Vaccination in Bombay 1874-1876 - 1874-1876
Year: 1874
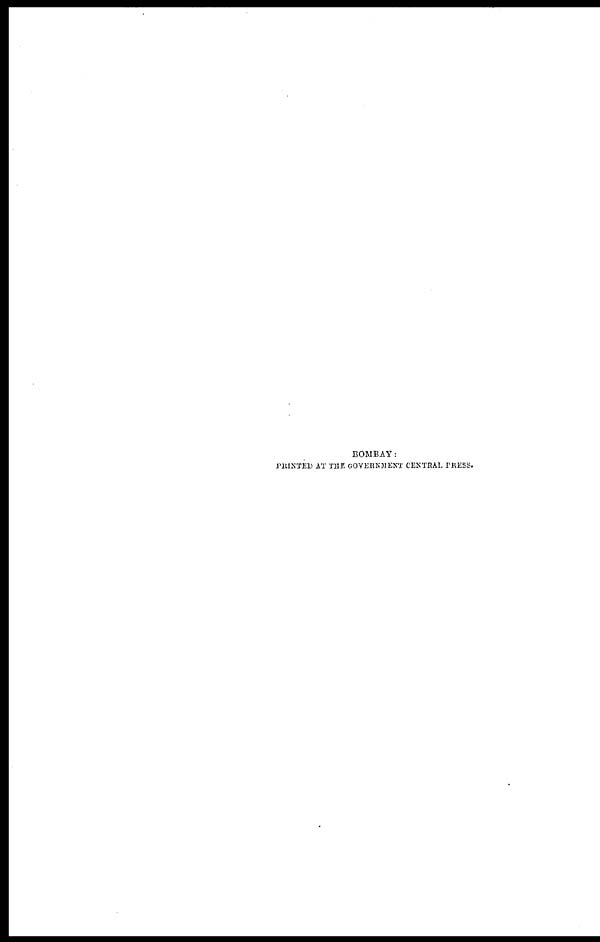
BOMBAY:
PRINTED AT THE GOVERNMENT CENTRAL PRESS.